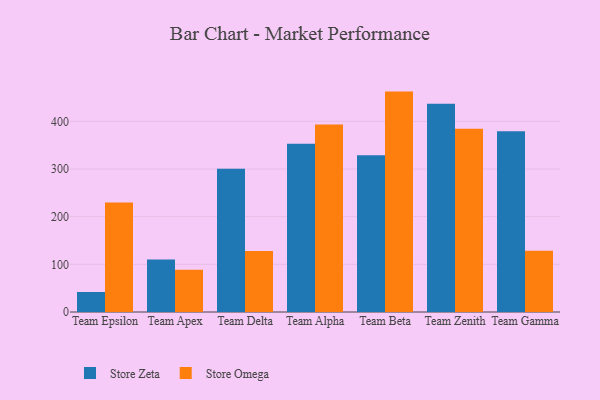
{"axis": {"x": "Team", "y": "Customer Acquisition Cost (USD)"}, "legend": ["Store Omega", "Store Zeta"], "data": [{"x": "Team Epsilon", "y": 42.0, "type": "Store Zeta"}, {"x": "Team Epsilon", "y": 229.5, "type": "Store Omega"}, {"x": "Team Apex", "y": 110.4, "type": "Store Zeta"}, {"x": "Team Apex", "y": 88.7, "type": "Store Omega"}, {"x": "Team Delta", "y": 300.8, "type": "Store Zeta"}, {"x": "Team Delta", "y": 128.2, "type": "Store Omega"}, {"x": "Team Alpha", "y": 353.1, "type": "Store Zeta"}, {"x": "Team Alpha", "y": 393.6, "type": "Store Omega"}, {"x": "Team Beta", "y": 328.7, "type": "Store Zeta"}, {"x": "Team Beta", "y": 462.4, "type": "Store Omega"}, {"x": "Team Zenith", "y": 436.7, "type": "Store Zeta"}, {"x": "Team Zenith", "y": 384.7, "type": "Store Omega"}, {"x": "Team Gamma", "y": 379.3, "type": "Store Zeta"}, {"x": "Team Gamma", "y": 128.3, "type": "Store Omega"}]}